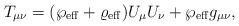
\begin{align*}T_{\mu\nu}=(\wp_{\rm eff}+\varrho_{\rm eff})U_{\mu}U_{\nu}+\wp_{\rm eff}g_{\mu\nu}, \end{align*}